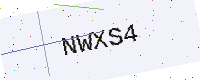
Text: NWXS4